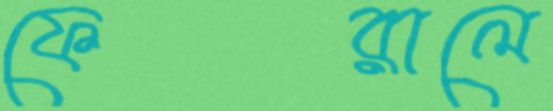
ফেরালে